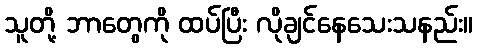
သူတို့ ဘာတွေကို ထပ်ပြီး လိုချင်နေသေးသနည်း။